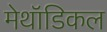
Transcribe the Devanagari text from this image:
मेथॉडिकल